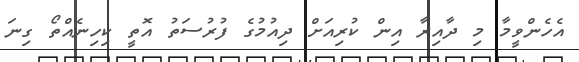
އެހެންވީމާ މި ދާއިރާ އިން ކުރިއަށް ދިއުމުގެ ފުރުސަތު އޮތީ ކިހިނެއްތޯ ގިނަ